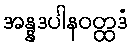
အန္နဒပါနဝတ္ထဒံ